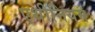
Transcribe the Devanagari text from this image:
एथीनियम